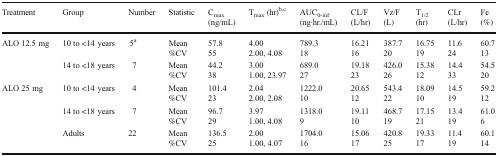
<table><thead><tr><td><b>Treatment</b></td><td><b>Group</b></td><td><b>Number</b></td><td><b>Statistic</b></td><td><b>C<sub>max</sub> (ng/mL)</b></td><td><b>T<sub>max</sub> (hr)<sup>b,c</sup></b></td><td><b>AUC<sub>0-inf</sub> (ng·hr./mL)</b></td><td><b>CL/F (L/hr)</b></td><td><b>Vz/F (L)</b></td><td><b>T<sub>1/2</sub> (hr)</b></td><td><b>CLr (L/hr)</b></td><td><b>Fe (%)</b></td></tr></thead><tbody><tr><td rowspan="2">ALO 12.5 mg</td><td>10 to &lt;14 years</td><td>5<sup>a</sup></td><td>Mean%CV</td><td>57.855</td><td>4.002.00, 4.08</td><td>789.318</td><td>16.2116</td><td>387.720</td><td>16.7519</td><td>11.624</td><td>60.713</td></tr><tr><td>14 to &lt;18 years</td><td>7</td><td>Mean%CV</td><td>44.238</td><td>3.001.00, 23.97</td><td>689.027</td><td>19.1823</td><td>426.026</td><td>15.3812</td><td>14.433</td><td>54.520</td></tr><tr><td rowspan="3">ALO 25 mg</td><td>10 to &lt;14 years</td><td>4</td><td>Mean%CV</td><td>101.423</td><td>2.042.00, 2.08</td><td>1222.010</td><td>20.6512</td><td>543.422</td><td>18.0910</td><td>14.519</td><td>59.212</td></tr><tr><td>14 to &lt;18 years</td><td>7</td><td>Mean%CV</td><td>96.729</td><td>3.971.00, 4.08</td><td>1318.09</td><td>19.1110</td><td>468.719</td><td>17.1521</td><td>13.419</td><td>61.06</td></tr><tr><td>Adults</td><td>22</td><td>Mean%CV</td><td>136.525</td><td>2.001.00, 4.07</td><td>1704.016</td><td>15.0617</td><td>420.825</td><td>19.3317</td><td>11.419</td><td>60.114</td></tr></tbody></table>